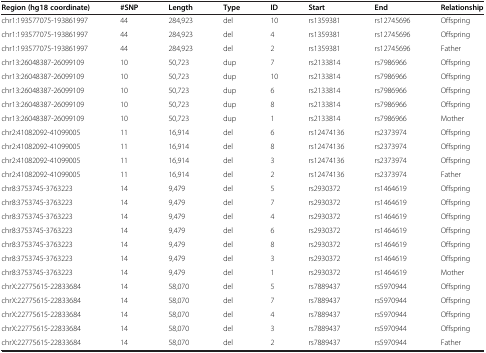
<table><thead><tr><td><b>Region (hg18 coordinate)</b></td><td><b>#SNP</b></td><td><b>Length</b></td><td><b>Type</b></td><td><b>ID</b></td><td><b>Start</b></td><td><b>End</b></td><td><b>Relationship</b></td></tr></thead><tbody><tr><td>chr1:193577075-193861997</td><td>44</td><td>284,923</td><td>del</td><td>10</td><td>rs1359381</td><td>rs12745696</td><td>Offspring</td></tr><tr><td>chr1:193577075-193861997</td><td>44</td><td>284,923</td><td>del</td><td>4</td><td>rs1359381</td><td>rs12745696</td><td>Offspring</td></tr><tr><td>chr1:193577075-193861997</td><td>44</td><td>284,923</td><td>del</td><td>2</td><td>rs1359381</td><td>rs12745696</td><td>Father</td></tr><tr><td>chr13:26048387-26099109</td><td>10</td><td>50,723</td><td>dup</td><td>7</td><td>rs2133814</td><td>rs7986966</td><td>Offspring</td></tr><tr><td>chr13:26048387-26099109</td><td>10</td><td>50,723</td><td>dup</td><td>10</td><td>rs2133814</td><td>rs7986966</td><td>Offspring</td></tr><tr><td>chr13:26048387-26099109</td><td>10</td><td>50,723</td><td>dup</td><td>6</td><td>rs2133814</td><td>rs7986966</td><td>Offspring</td></tr><tr><td>chr13:26048387-26099109</td><td>10</td><td>50,723</td><td>dup</td><td>8</td><td>rs2133814</td><td>rs7986966</td><td>Offspring</td></tr><tr><td>chr13:26048387-26099109</td><td>10</td><td>50,723</td><td>dup</td><td>1</td><td>rs2133814</td><td>rs7986966</td><td>Mother</td></tr><tr><td>chr2:41082092-41099005</td><td>11</td><td>16,914</td><td>del</td><td>6</td><td>rs12474136</td><td>rs2373974</td><td>Offspring</td></tr><tr><td>chr2:41082092-41099005</td><td>11</td><td>16,914</td><td>del</td><td>8</td><td>rs12474136</td><td>rs2373974</td><td>Offspring</td></tr><tr><td>chr2:41082092-41099005</td><td>11</td><td>16,914</td><td>del</td><td>3</td><td>rs12474136</td><td>rs2373974</td><td>Offspring</td></tr><tr><td>chr2:41082092-41099005</td><td>11</td><td>16,914</td><td>del</td><td>2</td><td>rs12474136</td><td>rs2373974</td><td>Father</td></tr><tr><td>chr8:3753745-3763223</td><td>14</td><td>9,479</td><td>del</td><td>5</td><td>rs2930372</td><td>rs1464619</td><td>Offspring</td></tr><tr><td>chr8:3753745-3763223</td><td>14</td><td>9,479</td><td>del</td><td>7</td><td>rs2930372</td><td>rs1464619</td><td>Offspring</td></tr><tr><td>chr8:3753745-3763223</td><td>14</td><td>9,479</td><td>del</td><td>4</td><td>rs2930372</td><td>rs1464619</td><td>Offspring</td></tr><tr><td>chr8:3753745-3763223</td><td>14</td><td>9,479</td><td>del</td><td>6</td><td>rs2930372</td><td>rs1464619</td><td>Offspring</td></tr><tr><td>chr8:3753745-3763223</td><td>14</td><td>9,479</td><td>del</td><td>8</td><td>rs2930372</td><td>rs1464619</td><td>Offspring</td></tr><tr><td>chr8:3753745-3763223</td><td>14</td><td>9,479</td><td>del</td><td>3</td><td>rs2930372</td><td>rs1464619</td><td>Offspring</td></tr><tr><td>chr8:3753745-3763223</td><td>14</td><td>9,479</td><td>del</td><td>1</td><td>rs2930372</td><td>rs1464619</td><td>Mother</td></tr><tr><td>chrX:22775615-22833684</td><td>14</td><td>58,070</td><td>del</td><td>5</td><td>rs7889437</td><td>rs5970944</td><td>Offspring</td></tr><tr><td>chrX:22775615-22833684</td><td>14</td><td>58,070</td><td>del</td><td>7</td><td>rs7889437</td><td>rs5970944</td><td>Offspring</td></tr><tr><td>chrX:22775615-22833684</td><td>14</td><td>58,070</td><td>del</td><td>4</td><td>rs7889437</td><td>rs5970944</td><td>Offspring</td></tr><tr><td>chrX:22775615-22833684</td><td>14</td><td>58,070</td><td>del</td><td>3</td><td>rs7889437</td><td>rs5970944</td><td>Offspring</td></tr><tr><td>chrX:22775615-22833684</td><td>14</td><td>58,070</td><td>del</td><td>2</td><td>rs7889437</td><td>rs5970944</td><td>Father</td></tr></tbody></table>